Vaccination Hyderabad 1872-1889 - 1872-1889
Year: 1872
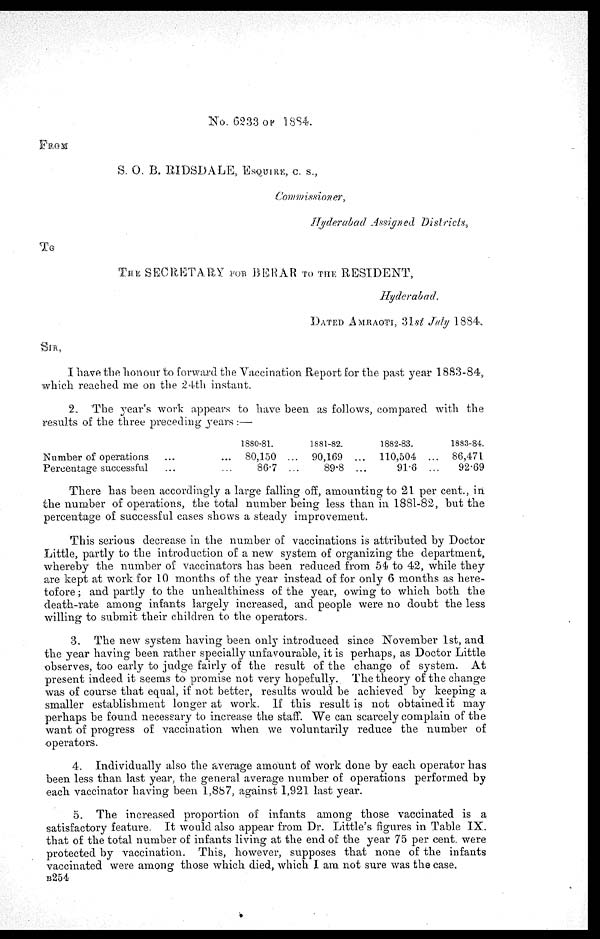
No. 6233 OF 1884.
FROM
S. O. B. RIDSDALE, ESQUIRE, C. S.
Commissioner,
Hyderabad Assigned Districts,
To
THE SECRETARY FOR BERAR TO THE RESIDENT,
Hyderabad.
DATED AMRAOTI, 31st July 1884.
I have the honour to forward the Vaccination Report for the past year 1883-84,
which reached me on the 24th instant.
2. The year's work appears to have been as follows, compared with the
results of the three preceding years :—
Number of operations ... ...
Percentage successful ... ...
1880-81.
80,150 ...
86.7 ...
1881-82.
90,169 ...
89.8 ...
1882-83.
110,504 ...
91.6 ...
1883-84.
86,471
92.69
There has been accordingly a large falling off, amounting to 21 per cent., in
the number of operations, the total number being less than in 1881-82, but the
percentage of successful cases shows a steady improvement.
This serious decrease in the number of vaccinations is attributed by Doctor
Little, partly to the introduction of a new system of organizing the department,
whereby the number of vaccinators has been reduced from 54 to 42, while they
are kept at work for 10 months of the year instead of for only 6 months as here-
tofore ; and partly to the unhealthiness of the year, owing to which both the
death-rate among infants largely increased, and people were no doubt the less
willing to submit their children to the operators.
3. The new system having been only introduced since November 1st, and
the year having been rather specially unfavourable, it is perhaps, as Doctor Little
observes, too early to judge fairly of the result of the change of system. At
present indeed it seems to promise not very hopefully. The theory of the change
was of course that equal, if not better, results would be achieved by keeping a
smaller establishment longer at work. If this result is not obtained it may
perhaps be found necessary to increase the staff. We can scarcely complain of the
want of progress of vaccination when we voluntarily reduce the number of
operators.
4. Individually also the average amount of work done by each operator has
been less than last year, the general average number of operations performed by
each vaccinator having been 1,887, against 1,921 last year.
5. The increased proportion of infants among those vaccinated is a
satisfactory feature. It would also appear from Dr. Little's figures in Table IX.
that of the total number of infants living at the end of the year 75 per cent. were
protected by vaccination. This, however, supposes that none of the infants
vaccinated were among those which died, which I am not sure was the case.
B254